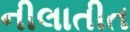
નીલાતીત